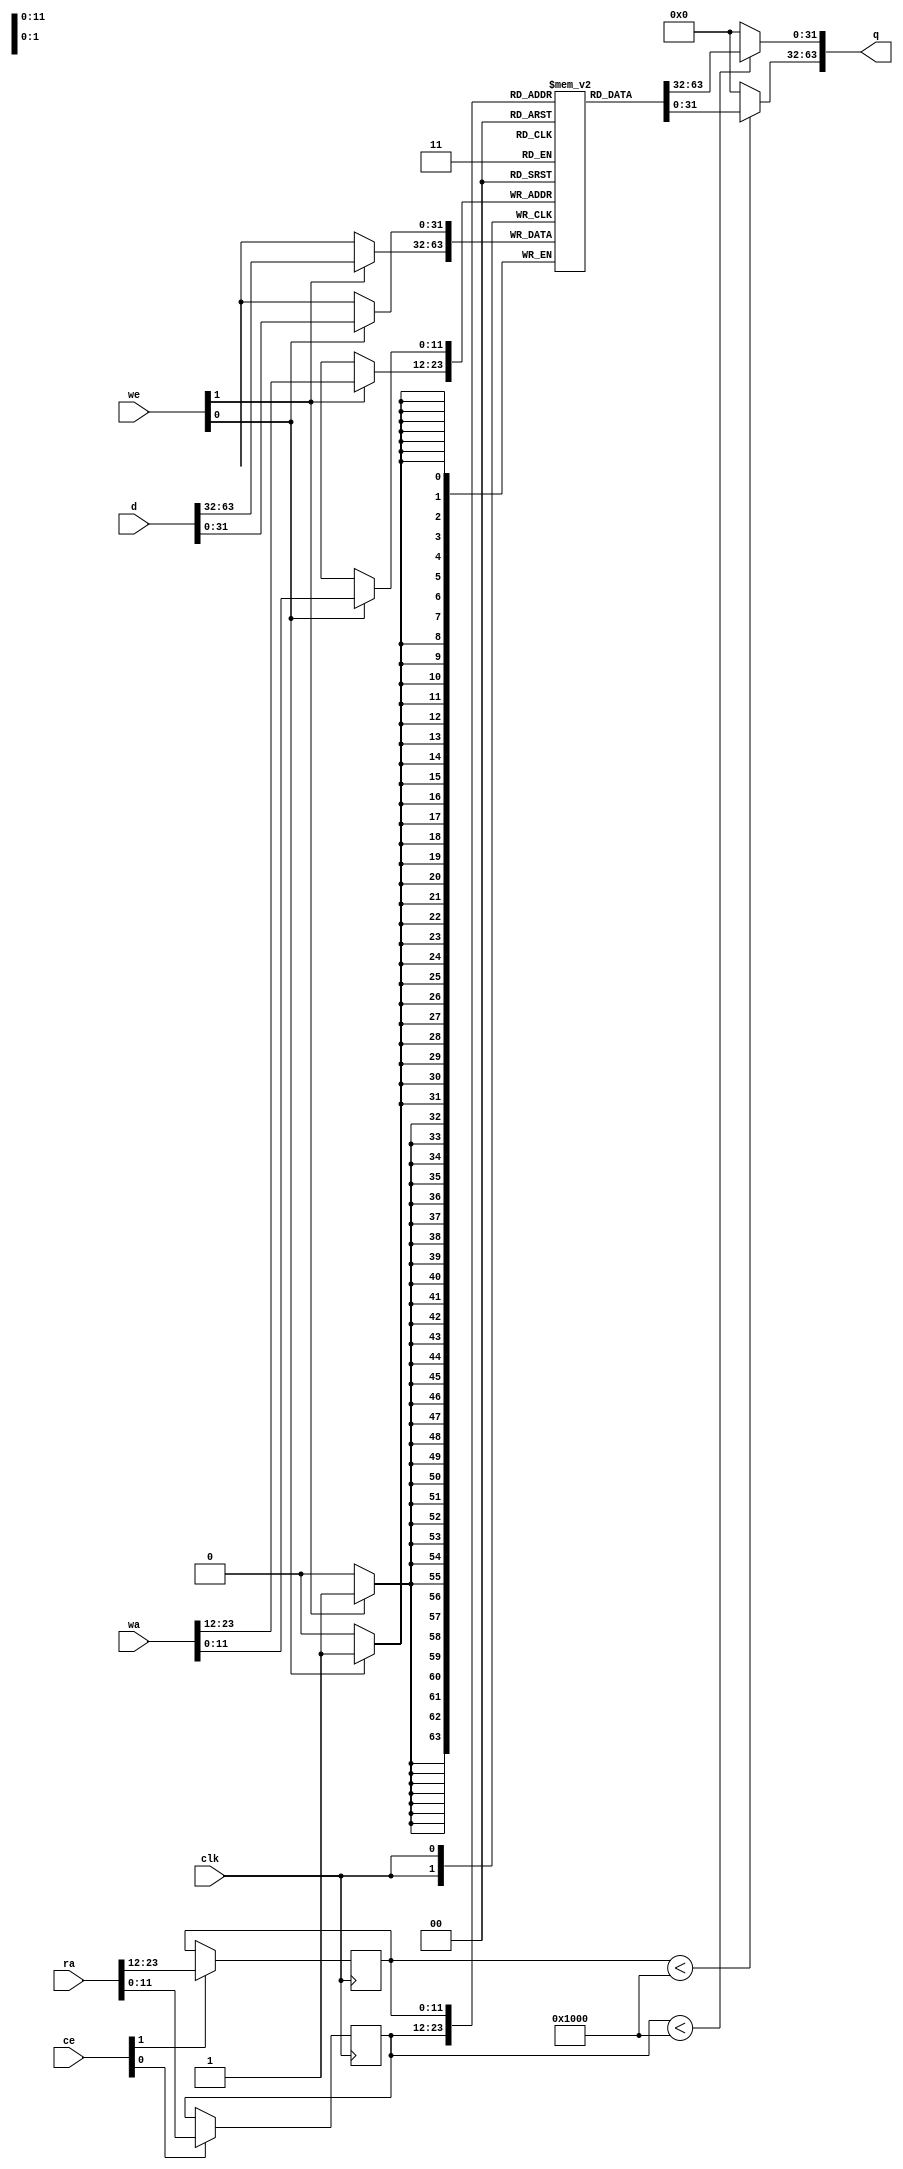
// ==============================================================
// File generated by AutoESL - High-Level Synthesis System (C, C++, SystemC)
// Version: 2011.1
// Copyright (C) 2011 Xilinx Inc. All rights reserved.
// 
// ==============================================================



`timescale 1 ns / 1 ps




module Gaussianblur_b1_core (q, ra, ce, clk
, d, wa, we);
   parameter READ_PORT_COUNT=32'd2;
   parameter WRITE_PORT_COUNT=32'd2;
   parameter DATA_WIDTH=32'd32;
   parameter ADDRESS_WIDTH=32'd12;
   parameter WORD_COUNT=32'd4096;

   output [READ_PORT_COUNT*DATA_WIDTH-1:0] q;
   input [READ_PORT_COUNT*ADDRESS_WIDTH-1:0]  ra;
   input [READ_PORT_COUNT-1:0]  ce;
   input [WRITE_PORT_COUNT*DATA_WIDTH-1:0] d;
   input [WRITE_PORT_COUNT*ADDRESS_WIDTH-1:0] wa;
   input [WRITE_PORT_COUNT-1:0]               we;
   input                                      clk;

   integer                                    i,j,k;

   reg [DATA_WIDTH-1:0]                       mem [0:WORD_COUNT-1];
   reg [ADDRESS_WIDTH-1:0]                    rat;
   reg [ADDRESS_WIDTH-1:0]                    rai [READ_PORT_COUNT-1:0];
   reg [ADDRESS_WIDTH-1:0]                    rai_reg [READ_PORT_COUNT-1:0];
   reg [READ_PORT_COUNT*DATA_WIDTH-1:0]       qi;
   reg [DATA_WIDTH-1:0]                       qt;
   reg [DATA_WIDTH-1:0]                       di [WRITE_PORT_COUNT-1:0];
   reg [DATA_WIDTH-1:0]                       dt;
   reg [ADDRESS_WIDTH-1:0]                    wat;
   reg [ADDRESS_WIDTH-1:0]                    wai [WRITE_PORT_COUNT-1:0];




   // Split input data
   always @ (d) begin
      for (i=0;i<WRITE_PORT_COUNT;i=i+1) begin
         for (j=0;j<DATA_WIDTH;j=j+1) begin
            dt[j]=d[i*DATA_WIDTH+j];
         end
         di[i]=dt;
      end
   end

   // Split write addresses
   always @ (wa) begin
      for (i=0;i<WRITE_PORT_COUNT;i=i+1) begin
         for (j=0;j<ADDRESS_WIDTH;j=j+1) begin
            wat[j]=wa[i*ADDRESS_WIDTH+j];
         end
         wai[i]=wat;
      end
   end

   // Write memory
   always @ (posedge clk) begin
     for (j=0;j<WRITE_PORT_COUNT;j=j+1) begin
        if (we[j]) begin
           mem[wai[j]] <= di[j];
        end
     end
   end

   // Split read addresses
   always @ (ra) begin
      for (i=0;i<READ_PORT_COUNT;i=i+1) begin
         for (j=0;j<ADDRESS_WIDTH;j=j+1) begin
            rat[j]=ra[i*ADDRESS_WIDTH+j];
         end
         rai[i]=rat;
      end
   end

   // guide read addresses using CE
   always @ (posedge clk) begin
      for (i=0;i<READ_PORT_COUNT;i=i+1) begin
         if ( ce[i] ) begin
            rai_reg[i] <= rai[i];
         end
      end
   end


   // Memory read
    genvar x;
    generate
        for (x = 0; x < READ_PORT_COUNT; x = x + 1) begin : gen_q
            assign q[x*DATA_WIDTH+DATA_WIDTH-1:x*DATA_WIDTH] = (rai_reg[x]<WORD_COUNT)?
                mem[rai_reg[x]] : {DATA_WIDTH{1'b0}};
        end
    endgenerate

endmodule


module Gaussianblur_b1 (
    address0,
    ce0,
    q0,
    we0,
    d0,

    address1,
    ce1,
    q1,
    we1,
    d1,

    clk);


parameter DataWidth = 32'd32;
parameter AddressRange = 32'd4096;
parameter AddressWidth = 32'd12;

input[AddressWidth-1:0] address0;
input ce0;
output[DataWidth-1:0] q0;
input we0;
input[DataWidth-1:0] d0;
input[AddressWidth-1:0] address1;
input ce1;
output[DataWidth-1:0] q1;
input we1;
input[DataWidth-1:0] d1;
input clk;


reg[DataWidth-1:0] q0;
reg[DataWidth-1:0] q1;
wire[2 * DataWidth - 1:0] mem_q;
wire[DataWidth - 1:0] mem_q0;
wire[DataWidth - 1:0] mem_q1;
wire[2 - 1:0] mem_we;
wire[2 * DataWidth - 1:0] mem_d;
wire[2 * AddressWidth - 1:0] mem_wa;
wire[2 * AddressWidth - 1:0]  mem_ra;
wire[2 - 1:0]  mem_ce;


Gaussianblur_b1_core #(
    .READ_PORT_COUNT( 2 ),
    .WRITE_PORT_COUNT( 2 ),
    .DATA_WIDTH( DataWidth ),
    .ADDRESS_WIDTH( AddressWidth ),
    .WORD_COUNT( AddressRange ))
core_inst (
    .q( mem_q ),
    .ra( mem_ra ),
    .ce( mem_ce ),
    .d( mem_d ),
    .wa( mem_wa ),
    .we( mem_we ),
    .clk( clk ));


assign mem_q0 =  mem_q[2 * DataWidth - 1 : 1 * DataWidth];

always @ (mem_q0) begin
        q0 = mem_q0;
end

assign mem_q1 =  mem_q[1 * DataWidth - 1 : 0 * DataWidth];

always @ (mem_q1) begin
        q1 = mem_q1;
end

assign mem_ra = {address0, address1};
assign mem_ce = {ce0, ce1};

assign mem_we[1] = we0;

assign mem_we[0] = we1;

assign mem_d = {d0, d1};

assign mem_wa = {address0, address1};

endmodule